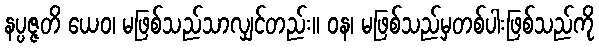
နပ္ပဇ္ဇတိ ယေဝ၊ မဖြစ်သည်သာလျှင်တည်း။ ဝန၊ မဖြစ်သည်မှတစ်ပါးဖြစ်သည်ကို